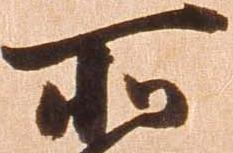
所